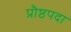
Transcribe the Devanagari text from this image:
प्रौष्ठपदा